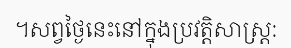
។សព្វថ្ងៃនេះនៅក្នុងប្រវត្តិសាស្ត្រ: